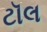
ટૉલ